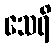
သေရိ